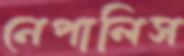
নেপালিস